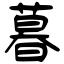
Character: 暮